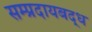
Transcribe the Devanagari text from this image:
सम्प्रदायबद्ध